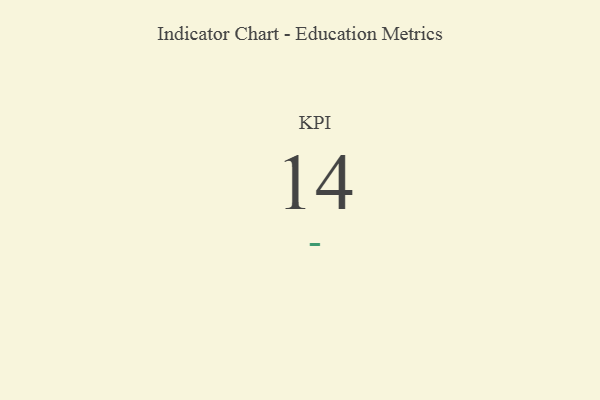
{"axis": {"x": "KPI", "y": "Value"}, "legend": [""], "data": [{"x": "KPI", "y": 14, "type": ""}]}